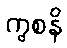
ကွစနိ